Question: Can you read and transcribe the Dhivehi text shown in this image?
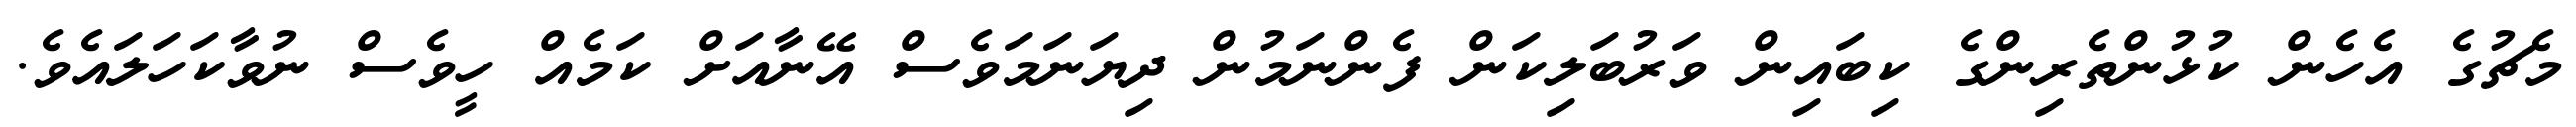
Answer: މެޗުގެ އެހެން ކުޅުންތެރިންގެ ކިބައިން ވަރުބަލިކަން ފެންނަމުން ދިޔަނަމަވެސް އޭނާއަށް ކަމެއް ހީވެސް ނުވާކަހަލައެވެ.